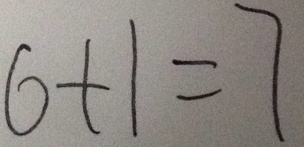
6 + 1 = 7